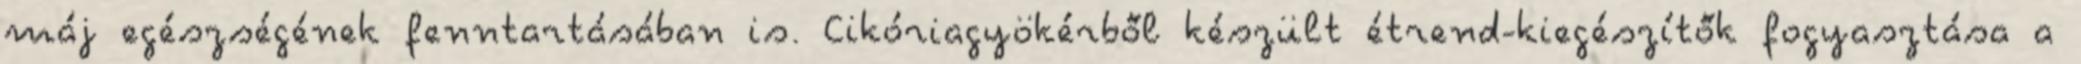
máj egészségének fenntartásában is. Cikóriagyökérből készült étrend-kiegészítők fogyasztása a